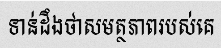
ទាន់ដឹងថាសមត្ថភាពរបស់គេ